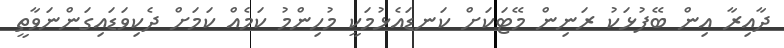
ދާއިރާ އިން ބޭފުޅަކު ރަނިން މޭޓަކަށް ކަނޑައެޅުމަކީ މުހިންމު ކަމެއް ކަމަށް ދެކިވަޑައިގަންނަވާތީ